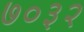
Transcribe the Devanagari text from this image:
७०३२